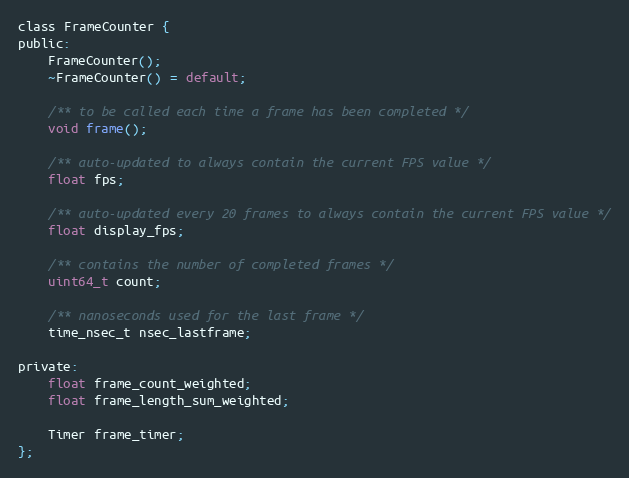
Language: C
class FrameCounter {
public:
	FrameCounter();
	~FrameCounter() = default;

	/** to be called each time a frame has been completed */
	void frame();

	/** auto-updated to always contain the current FPS value */
	float fps;

	/** auto-updated every 20 frames to always contain the current FPS value */
	float display_fps;

	/** contains the number of completed frames */
	uint64_t count;

	/** nanoseconds used for the last frame */
	time_nsec_t nsec_lastframe;

private:
	float frame_count_weighted;
	float frame_length_sum_weighted;

	Timer frame_timer;
};